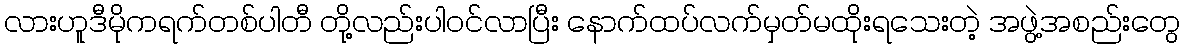
လားဟူဒီမိုကရက်တစ်ပါတီ တို့လည်းပါဝင်လာပြီး နောက်ထပ်လက်မှတ်မထိုးရသေးတဲ့ အဖွဲ့အစည်းတွေ